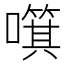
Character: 𱕍